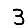
Digit: 3